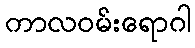
ကာလဝမ်းရောဂါ